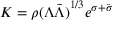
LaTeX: K = \rho { ( \Lambda \bar { \Lambda } ) } ^ { 1 / 3 } e ^ { \sigma + \bar { \sigma } }